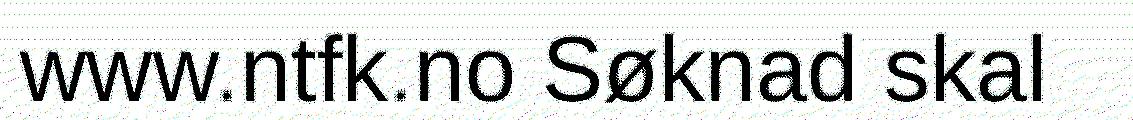
www.ntfk.no Søknad skal